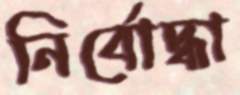
নির্বোদ্ধা